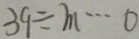
3 9 \div m \cdots 0